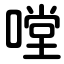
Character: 嘡